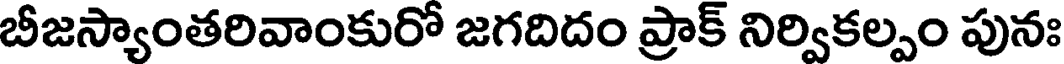
బీజస్యాంతరివాంకురో జగదిదం ప్రాక్ నిర్వికల్పం పునః